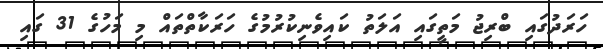
ހަރަދުގައި ބްރިޖު މަތީގައި އަލަތު ކައިވެނިކުރުމުގެ ހަރަކާތްތައް މި މަހުގެ 31 ގައި